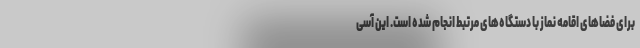
برای فضاهای اقامه نماز با دستگاه‌های مرتبط انجام شده است. این آسی